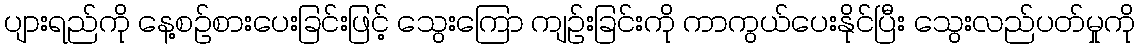
ပျားရည်ကို နေ့စဉ်စားပေးခြင်းဖြင့် သွေးကြော ကျဉ်းခြင်းကို ကာကွယ်ပေးနိုင်ပြီး သွေးလည်ပတ်မှုကို